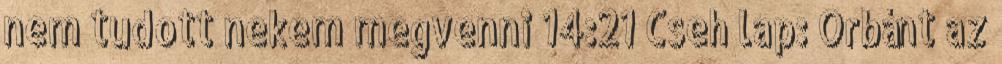
nem tudott nekem megvenni 14:21 Cseh lap: Orbánt az